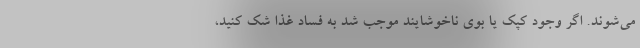
می‌شوند. اگر وجود کپک یا بوی ناخوشایند موجب شد به فساد غذا شک کنید،